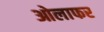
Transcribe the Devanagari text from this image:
ओलाफर